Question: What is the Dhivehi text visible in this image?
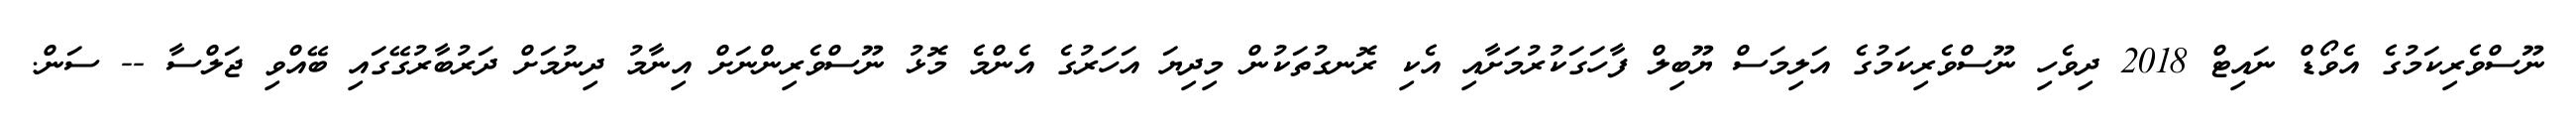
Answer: ނޫސްވެރިކަމުގެ އެވޯޑް ނައިޓް 2018 ދިވެހި ނޫސްވެރިކަމުގެ އަލިމަސް ޔޫބިލް ފާހަގަކުރުމަށާއި އެކި ރޮނގުތަކުން މިދިޔަ އަހަރުގެ އެންމެ މޮޅު ނޫސްވެރިންނަށް އިނާމު ދިނުމަށް ދަރުބާރުގޭގައި ބޭއްވި ޖަލްސާ -- ސަން.